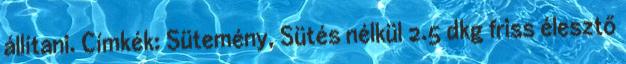
állítani. Címkék: Sütemény, Sütés nélkül 2.5 dkg friss élesztő